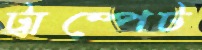
ট্রাম্পেট